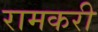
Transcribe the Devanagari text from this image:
रामकरी